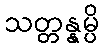
သတ္တန္နမ္ပိ